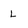
Character: L